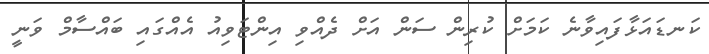
ކަނޑައަޅާފައިވާނެ ކަމަށް ކުރިން ސަން އަށް ދެއްވި އިންޓަވިއު އެއްގައި ބައްސާމް ވަނީ